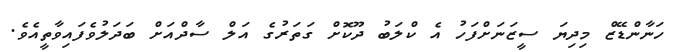
ހަނާންޑޭޒް މިދިޔަ ސީޒަނަށްފަހު އެ ކްލަބު ދޫކޮށް ގަތަރުގެ އަލް ސާދްއަށް ބަދަލުވެފައިވާތީއެވެ.